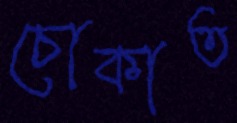
চোকাত